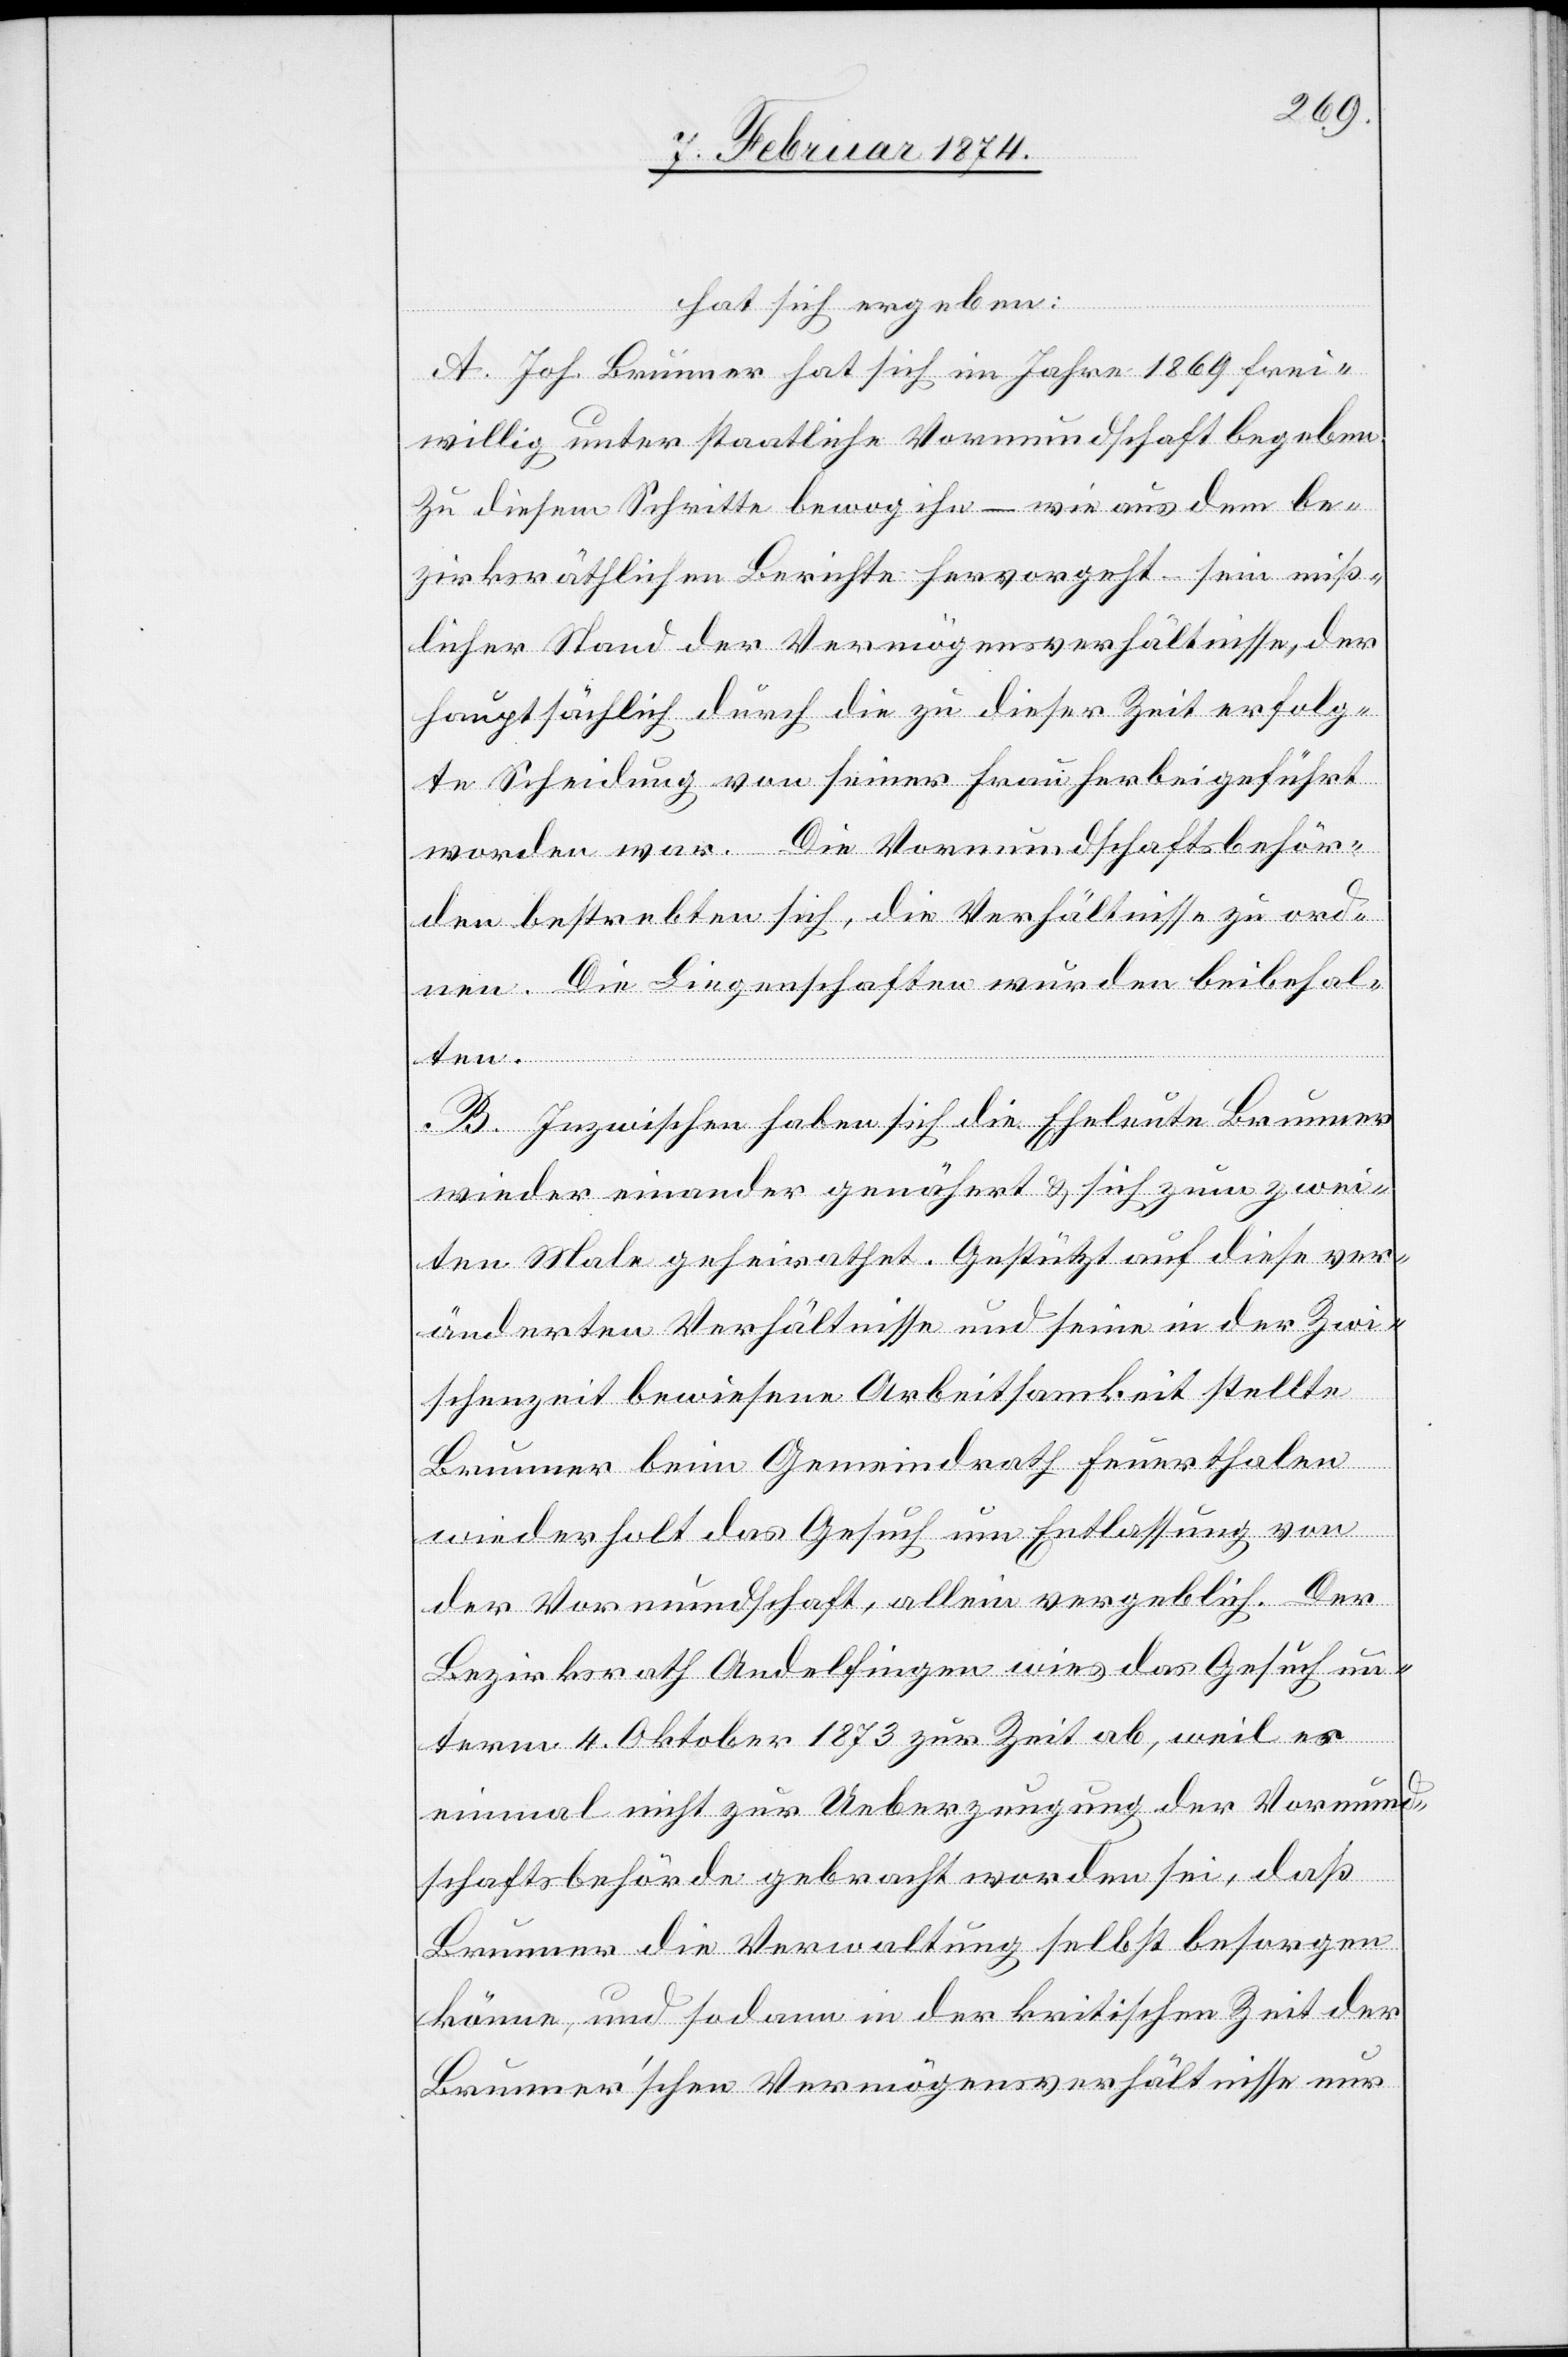
hat sich ergeben:
A. Joh. Brunner hat sich im Jahre 1869 frei¬
willig unter staatliche Vormundschaft begeben.
Zu diesem Schritte bewog ihn – wie aus dem be¬
zirksräthlichen Berichte hervorgeht – sein miß¬
licher Stand der Vermögensverhältnisse, der
hauptsächlich durch die zu dieser Zeit erfolg¬
te Scheidung von seiner Frau herbeigeführt
worden war. Die Vormundschaftsbehör¬
den bestrebten sich, die Verhältnisse zu ord¬
nen. Die Liegenschaften wurden beibehal¬
ten.
B. Inzwischen haben sich die Eheleute Brunner
wieder einander genähert u. sich zum zwei¬
ten Male geheirathet. Gestützt auf diese ver¬
änderten Verhältnisse und seine in der Zwi¬
schenzeit bewiesene Arbeitsamkeit stellte
Brunner beim Gemeindrath Feuerthalen
wiederholt das Gesuch um Entlassung von
der Vormundschaft, allein vergeblich. Der
Bezirksrath Andelfingen wies das Gesuch un¬
term 4. Oktober 1873 zur Zeit ab, weil es
einmal nicht zur Ueberzeugung der Vormund¬
schaftsbehörde gebracht worden sei, daß
Brunner die Verwaltung selbst besorgen
könne, und sodann in der kritischen Zeit der
Brunner’schen Vermögensverhältnisse nur